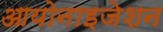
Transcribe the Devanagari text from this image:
आयोनाइजेशन